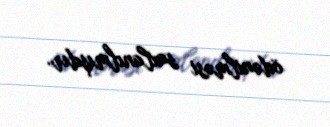
ödənilməsi saxlanılmışdır.